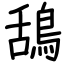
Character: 鴰